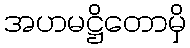
အဟမဋ္ဌိတောမှိ